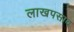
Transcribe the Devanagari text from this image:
लाखपसाव